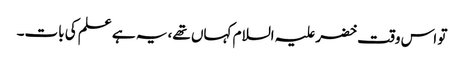
تو اس وقت خضر علیہ السلام کہاں تھے، یہ ہے علم کی بات۔